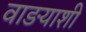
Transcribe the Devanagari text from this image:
वाङयाशीं